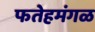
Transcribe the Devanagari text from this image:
फतेहमंगळ